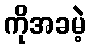
ကိုအခမဲ့